Indian journal of veterinary science and animal husbandry - Volume 4,
Year: 1934
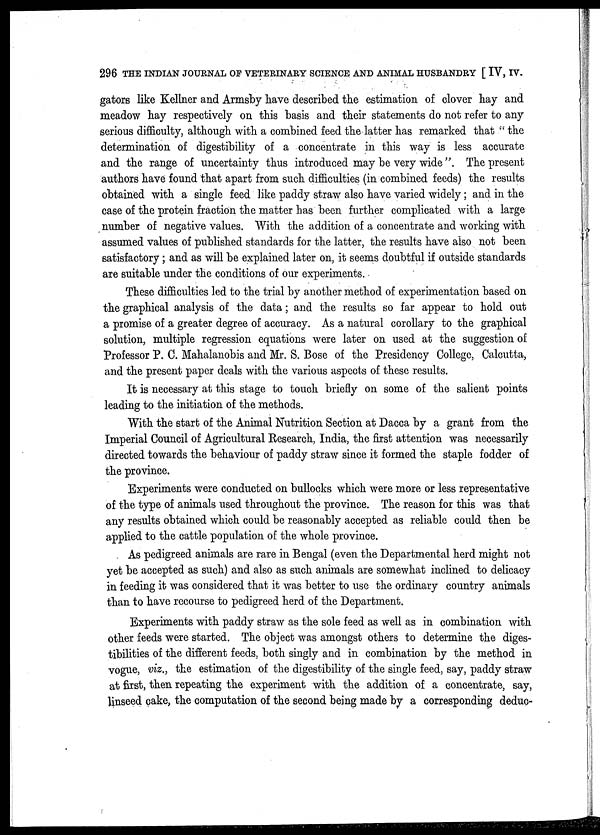
296 THE INDIAN JOURNAL OF VETERINARY SCIENCE AND ANIMAL HUSBANDRY [ IV, IV.
gators like Kellner and Armsby have described the estimation of clover hay and
meadow hay respectively on this basis and their statements do not refer to any
serious difficulty, although with a combined feed the latter has remarked that " the
determination of digestibility of a concentrate in this way is less accurate
and the range of uncertainty thus introduced may be very wide". The present
authors have found that apart from such difficulties (in combined feeds) the results
obtained with a single feed like paddy straw also have varied widely; and in the
case of the protein fraction the matter has been further complicated with a large
number of negative values. With the addition of a concentrate and working with
assumed values of published standards for the latter, the results have also not been
satisfactory; and as will be explained later on, it seems doubtful if outside standards
are suitable under the conditions of our experiments.
These difficulties led to the trial by another method of experimentation based on
the graphical analysis of the data; and the results so far appear to hold out
a promise of a greater degree of accuracy. As a natural corollary to the graphical
solution, multiple regression equations were later on used at the suggestion of
Professor P. C. Mahalanobis and Mr. S. Bose of the Presidency College, Calcutta,
and the present paper deals with the various aspects of these results.
It is necessary at this stage to touch briefly on some of the salient points
leading to the initiation of the methods.
With the start of the Animal Nutrition Section at Dacca by a grant from the
Imperial Council of Agricultural Research, India, the first attention was necessarily
directed towards the behaviour of paddy straw since it formed the staple fodder of
the province.
Experiments were conducted on bullocks which were more or less representative
of the type of animals used throughout the province. The reason for this was that
any results obtained which could be reasonably accepted as reliable could then be
applied to the cattle population of the whole province.
As pedigreed animals are rare in Bengal (even the Departmental herd might not
yet be accepted as such) and also as such animals are somewhat inclined to delicacy
in feeding it was considered that it was better to use the ordinary country animals
than to have recourse to pedigreed herd of the Department.
Experiments with paddy straw as the sole feed as well as in combination with
other feeds were started. The object was amongst others to determine the diges-
tibilities of the different feeds, both singly and in combination by the method in
vogue, viz., the estimation of the digestibility of the single feed, say, paddy straw
at first, then repeating the experiment with the addition of a concentrate, say,
linseed cake, the computation of the second being made by a corresponding deduc-